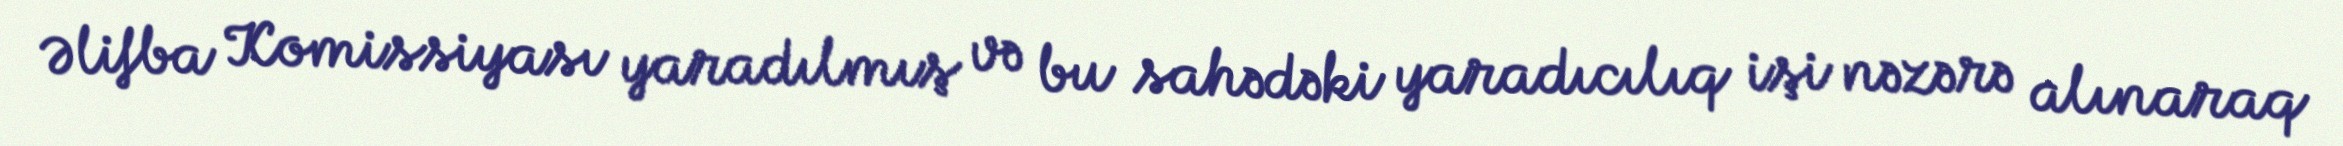
Əlifba Komissiyası yaradılmış və bu sahədəki yaradıcılıq işi nəzərə alınaraq